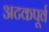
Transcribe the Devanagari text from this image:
अटकपूर्व